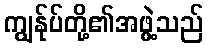
ကျွန်ုပ်တို့၏အဖွဲ့သည်